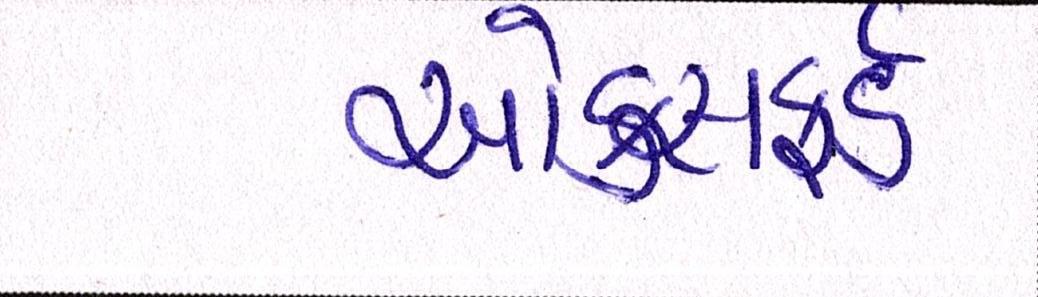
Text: ઓકસફર્ડ